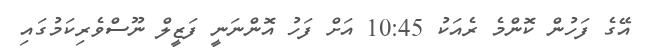
އޭގެ ފަހުން ކޮންމެ ރެއަކު 10:45 އަށް ފަހު އޮންނަނީ ފަޒީލް ނޫސްވެރިކަމުގައި